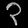
Digit: ၃